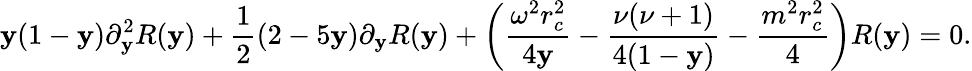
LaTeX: \mathbf{y}(1-\mathbf{y})\partial_{\mathbf{y}}^{2}R(\mathbf{y})+\frac{{1}}{{2}}(2-5\mathbf{y})\partial_{\mathbf{y}}R(\mathbf{y})+\left(\frac{{\omega^{2}r_{c}^{2}}}{{4\mathbf{y}}}-\frac{{\nu(\nu+1)}}{{4(1-\mathbf{y})}}-\frac{{m^{2}r_{c}^{2}}}{{4}}\right)R(\mathbf{y})=0.